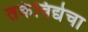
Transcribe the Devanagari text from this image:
तर्कविद्येचा